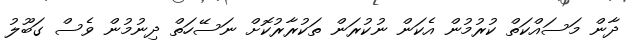
ދާން މަސައްކަތް ކުރުމުން އެކަން ނުކުރަން ތަކުރާރުކޮށް ނަސޭހަތް ދިނުމުން ވެސް ގަބޫލު